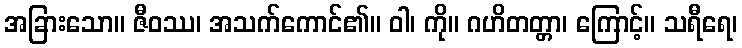
အခြားသော။ ဇီဝဿ၊ အသက်ကောင်၏။ ဝါ၊ ကို။ ဂဟိတတ္တာ၊ ကြောင့်။ သရီရေ၊